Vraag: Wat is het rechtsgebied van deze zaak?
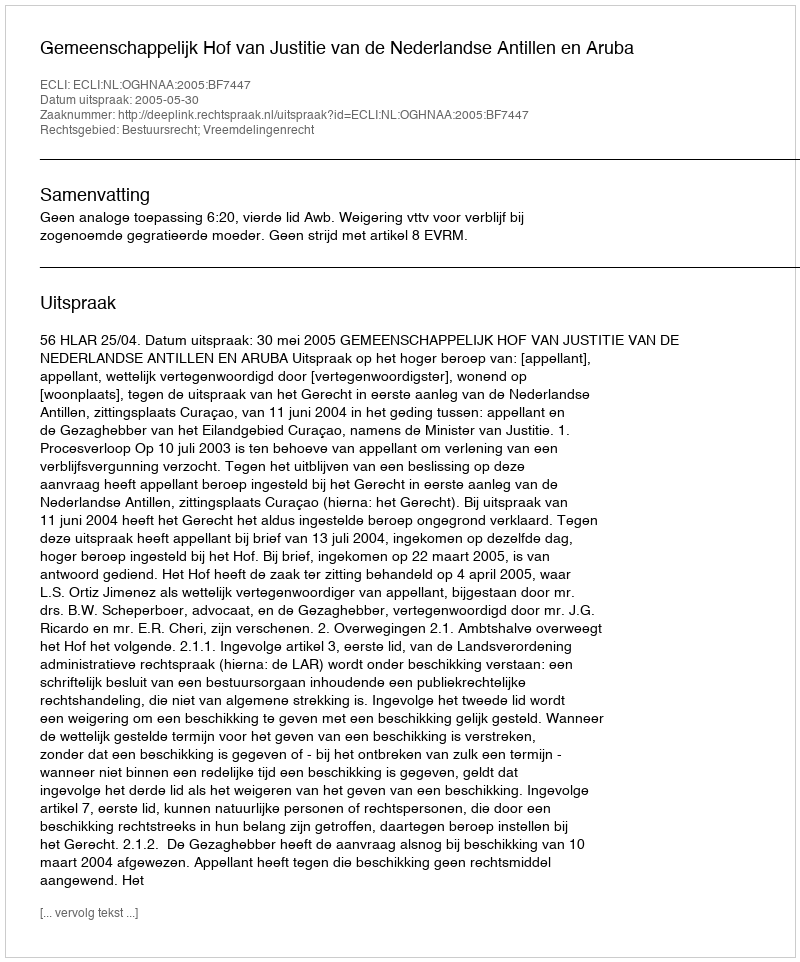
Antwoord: Bestuursrecht; Vreemdelingenrecht